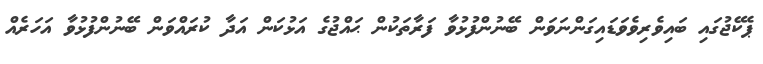
ޕެކޭޖުގައި ބައިވެރިވެވަޑައިގަންނަވަން ބޭނުންފުޅުވާ ފަރާތަކުން ޙައްޖުގެ އަޅުކަން އަދާ ކުރައްވަން ބޭނުންފުޅުވާ އަހަރެއް